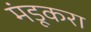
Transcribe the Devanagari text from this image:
मंडूकरा